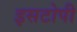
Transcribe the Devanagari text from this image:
इसटोपी